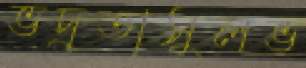
ভদ্রতাসুলভ